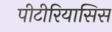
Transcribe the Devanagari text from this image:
पीटीरियासिस